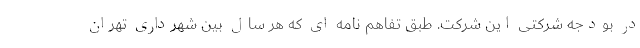
در بودجه شرکتی این شرکت. طبق تفاهم نامه ای که هر سال بین شهرداری تهران